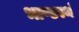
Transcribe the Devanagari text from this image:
भाण्डस्थं